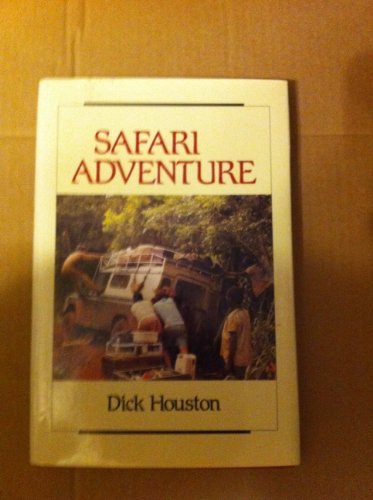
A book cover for Safari Adventure; Dick Houston; Travel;